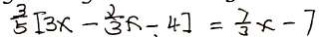
\frac { 3 } { 5 } [ 3 x - \frac { 2 } { 3 } x - 4 ] = \frac { 7 } { 3 } x - 7